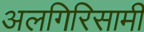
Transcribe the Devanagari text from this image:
अलगिरिसामी